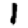
Digit: 1